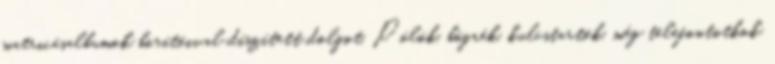
matricásalbumok borítóival díszített dolgot. Pólók, bögrék, kulcstartók, még telefontotkok